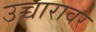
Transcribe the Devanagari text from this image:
उच्चारावर